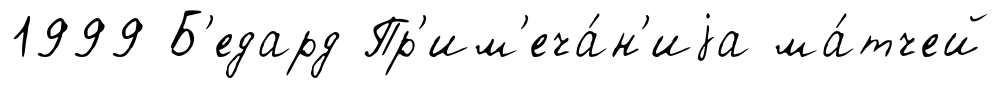
1999 Б'едард Пр'им'еча́н'иjа ма́тчей